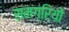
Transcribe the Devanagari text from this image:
समग्रियों